Annual report on the working of the Harcourt Butler Institute of Public Health, Rangoon
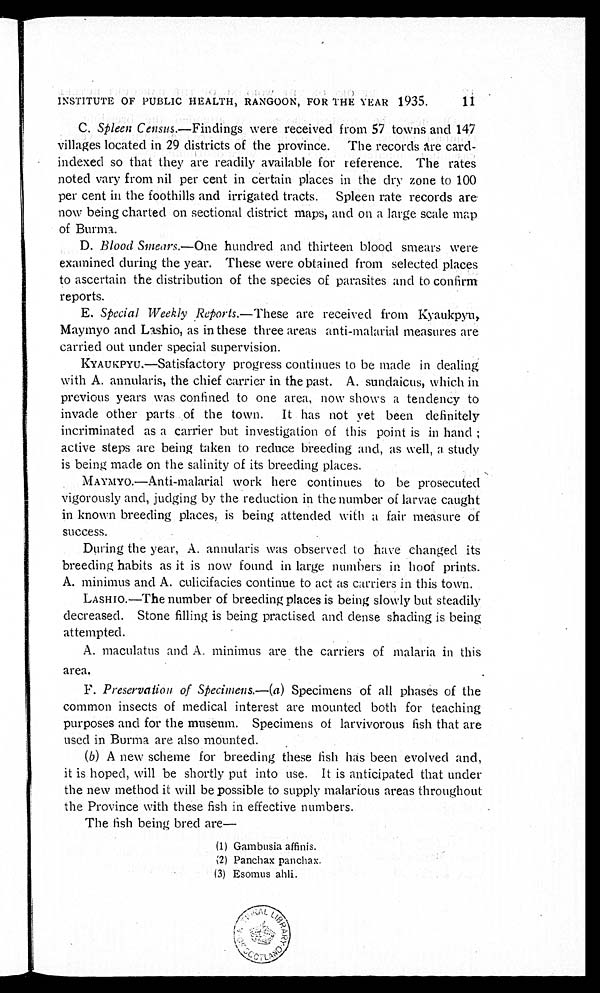
INSTITUTE OF PUBLIC HEALTH, RANGOON, FOR THE YEAR 1935.
11
C.
Spleen Census.—Findings were received from 57 towns and 147
villages located in 29 districts of the province. The records are card-
indexed so that they are readily available for reference. The rates
noted vary from nil per cent in certain places in the dry zone to 100
per cent in the foothills and irrigated tracts. Spleen rate records are
now being charted on sectional district maps, and on a large scale map
of Burma.
D.
Blood Smears. —One hundred and thirteen blood smears were
examined during the year. These were obtained from selected places
to ascertain the distribution of the species of parasites and to confirm
reports.
E.
Special Weekly Reports. —These are received from Kyaukpyu,
Maymyo and Lashio, as in these three areas anti-malarial measures are
carried out under special supervision.
KYAUKPYU.—Satisfactory progress continues to be made in dealing
with A. annularis, the chief carrier in the past. A. sundaicus, which in
previous years was confined to one area, now shows a tendency to
invade other parts of the town. It has not yet been definitely
incriminated as a carrier but investigation of this point is in hand ;
active steps are being taken to reduce breeding and, as well, a study
is being made on the salinity of its breeding places.
MAYMYO—Anti-malarial work here continues to be prosecuted
vigorously and, judging by the reduction in the number of larvae caught
in known breeding places, is being attended with a fair measure of
success.
During the year, A. annularis was observed to have changed its
breeding habits as it is now found in large numbers in hoof prints.
A. minimus and A. culicifacies continue to act as carriers in this town.
LASHIO.—The number of breeding places is being slowly but steadily
decreased. Stone filling is being practised and dense shading is being
attempted.
A. maculatus and A. minimus are the carriers of malaria in this
area.
F.
Preservation of Specimens. —(a) Specimens of all phases of the
common insects of medical interest are mounted both for teaching
purposes and for the museum. Specimens of larvivorous fish that are
used in Burma are also mounted.
(b) A new scheme for breeding these fish has been evolved and,
it is hoped, will be shortly put into use. It is anticipated that under
the new method it will be possible to supply malarious areas throughout
the Province with these fish in effective numbers.
The fish being bred are—
(1) Gambusia affinis.
(2) Panchax panchax.
(3) Esomus ahli.